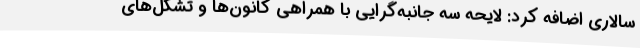
سالاری اضافه کرد: لایحه سه جانبه‌گرایی با همراهی کانون‌ها و تشکل‌های